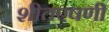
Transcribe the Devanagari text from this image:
शीतएषणी